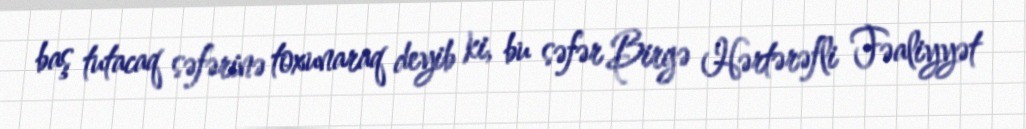
baş tutacaq səfərinə toxunaraq deyib ki, bu səfər Birgə Hərtərəfli Fəaliyyət